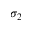
\sigma _ { 2 }